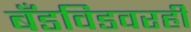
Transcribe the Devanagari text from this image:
बँडविडवरही